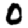
Digit: 0